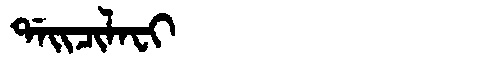
Manchu: ᡩᠠᡳᠴᡳᠯᠠᠸᡳ
Romanization: DAICILAFI